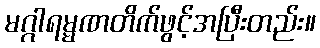
မဂ္ဂါရမ္မဏတိက်ဖွင့်အပြီးတည်း။